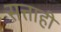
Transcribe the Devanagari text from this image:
सत्ताही